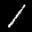
Label: 1